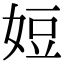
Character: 㛒